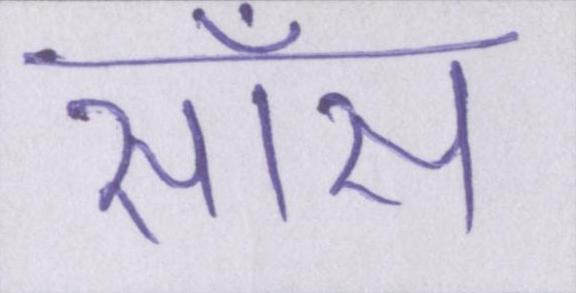
साँस